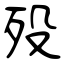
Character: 殁